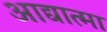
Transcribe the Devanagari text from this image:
आद्यात्मा